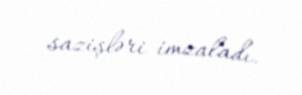
sazişləri imzaladı.